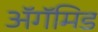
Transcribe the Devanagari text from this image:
ॲगॅमिड